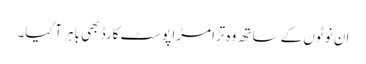
ان نوٹوں کے ساتھ وہ تڑا مڑا پوسٹ کارڈ بھی باہر آ گیا۔